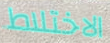
الاختلاط